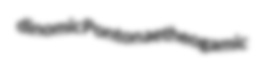
dinomic Ponton aetheogamic